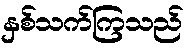
နှစ်သက်ကြသည်